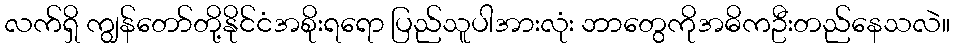
လက်ရှိ ကျွန်တော်တို့နိုင်ငံအစိုးရရော ပြည်သူပါအားလုံး ဘာတွေကိုအဓိကဦးတည်နေသလဲ။